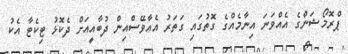
ޕްރޮމޯޝަންގެ އެއްވަނަ އިނާމެއްގެ ގޮތުގައި ގަތަރު އެއާވޭސްއިން ދުބާއީއަށް ދެކޮޅު ޓިކެޓާ އެކު